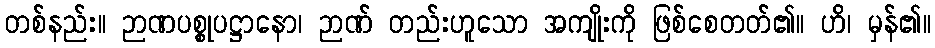
တစ်နည်း။ ဉာဏပစ္စုပဋ္ဌာနော၊ ဉာဏ် တည်းဟူသော အကျိုးကို ဖြစ်စေတတ်၏။ ဟိ၊ မှန်၏။